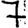
Digit: 7